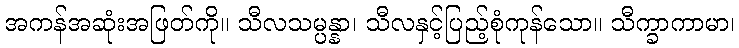
အကန်အဆုံးအဖြတ်ကို။ သီလသမ္ပန္နာ၊ သီလနှင့်ပြည့်စုံကုန်သော။ သီက္ခာကာမာ၊